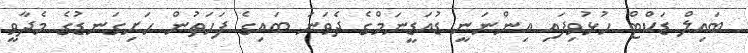
ބައިލް ޑަކްޓް ހުޅުވިފައި އިންނަނީ ޑުއަޑީނަމްގެ ދެވަނަ ބައިގެ ފަހަތުން ހަށިގަނޑުގެ މެދާވީ